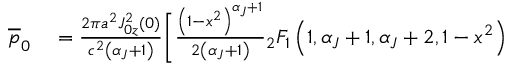
\begin{array} { r l } { \overline { { p } } _ { 0 } } & { { } = \frac { 2 \pi a ^ { 2 } J _ { 0 z } ^ { 2 } ( 0 ) } { c ^ { 2 } \left( \alpha _ { J } + 1 \right) } \Bigg [ \frac { \left( 1 - x ^ { 2 } \right) ^ { \alpha _ { J } + 1 } } { 2 \left( \alpha _ { J } + 1 \right) } { _ 2 } F _ { 1 } \left( 1 , \alpha _ { J } + 1 , \alpha _ { J } + 2 , 1 - x ^ { 2 } \right) } \end{array}